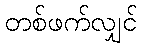
တစ်ဖက်လျှင်